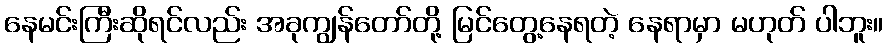
နေမင်းကြီးဆိုရင်လည်း အခုကျွန်တော်တို့ မြင်တွေ့နေရတဲ့ နေရာမှာ မဟုတ် ပါဘူး။